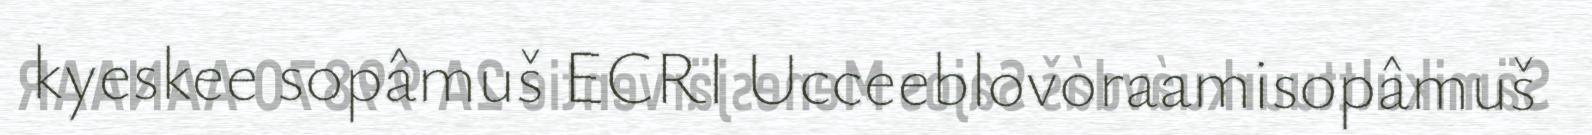
kyeskee sopâmuš ECRI Ucceeblovoraamisopâmuš